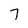
Character: 7